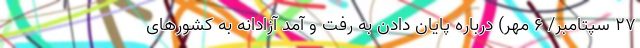
۲۷ سپتامبر/ ۶ مهر) درباره پایان دادن به رفت و آمد آزادانه به کشورهای